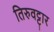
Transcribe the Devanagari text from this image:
तिरुवट्टार